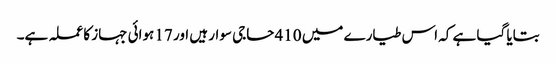
بتایا گیا ہے کہ اس طیارے میں 410 حاجی سوار ہیں اور 17 ہوائی جہاز کا عملہ ہے۔